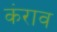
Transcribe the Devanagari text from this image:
कंराव